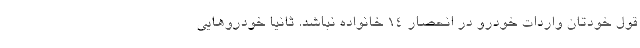
قول خودتان واردات خودرو در انحصار 14 خانواده نباشد. ثانیاً خودروهایی